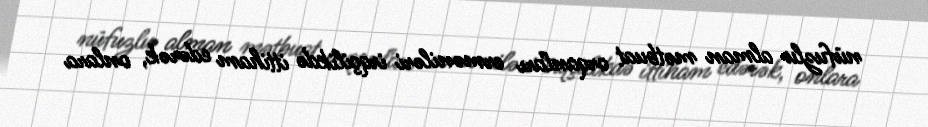
nüfuzlu alman mətbuat orqanları erməniləri irqçilikdə ittiham edərək, onlara